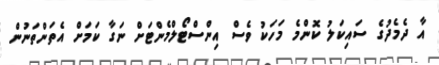
އާ ދެމެދުގެ ސައިކަލު ކޮންމެ މަހަކު ވެސް އިންސްޓޯލްމެންޓަށް ނަގާ ކަމަށް އެތަންތަނުން